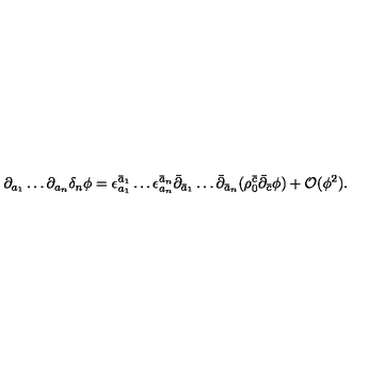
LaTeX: \partial _ { a _ { 1 } } \ldots \partial _ { a _ { n } } \delta _ { n } \phi = \epsilon _ { a _ { 1 } } ^ { \bar { a } _ { 1 } } \ldots \epsilon _ { a _ { n } } ^ { \bar { a } _ { n } } \bar { \partial } _ { \bar { a } _ { 1 } } \ldots \bar { \partial } _ { \bar { a } _ { n } } ( \rho _ { 0 } ^ { \bar { c } } \bar { \partial } _ { \bar { c } } \phi ) + { \cal O } ( \phi ^ { 2 } ) .